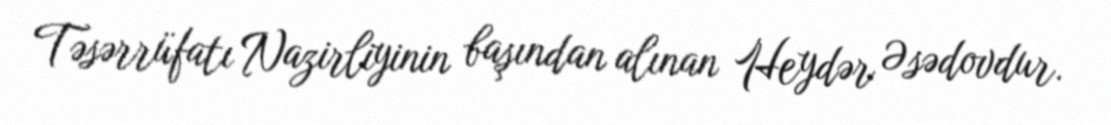
Təsərrüfatı Nazirliyinin başından alınan Heydər Əsədovdur.